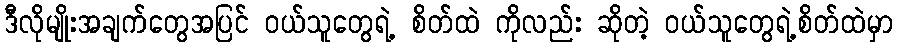
ဒီလိုမျိုးအချက်တွေအပြင် ဝယ်သူတွေရဲ့ စိတ်ထဲ ကိုလည်း ဆိုတဲ့ ဝယ်သူတွေရဲ့စိတ်ထဲမှာ